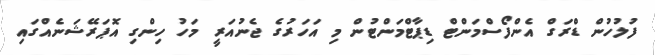
ފުލުހުން ޑްރަގް އެންފޯސްމަންޓް ޑިޕާޓްމަންޓުން މި އަހަރުގެ ޖެނުއަރީ މަހު ހިންގި އޮޕަރޭޝަނެއްގައި